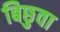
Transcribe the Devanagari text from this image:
बिछुवा